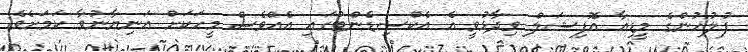
ފުލުހުންގެ މީޑިއާ އޮފިޝަލް ވިދާޅުވީ އެ އެކްސިޑެންޓުގައި އެއްވެސް މީހަކަށް އަނިޔާނުވާ ކަމަށެވެ.